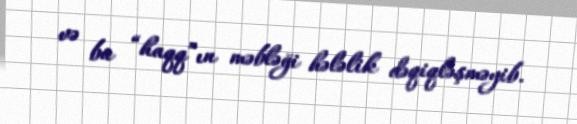
və bu “haqq”ın məbləği hələlik dəqiqləşməyib.